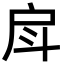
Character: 戽